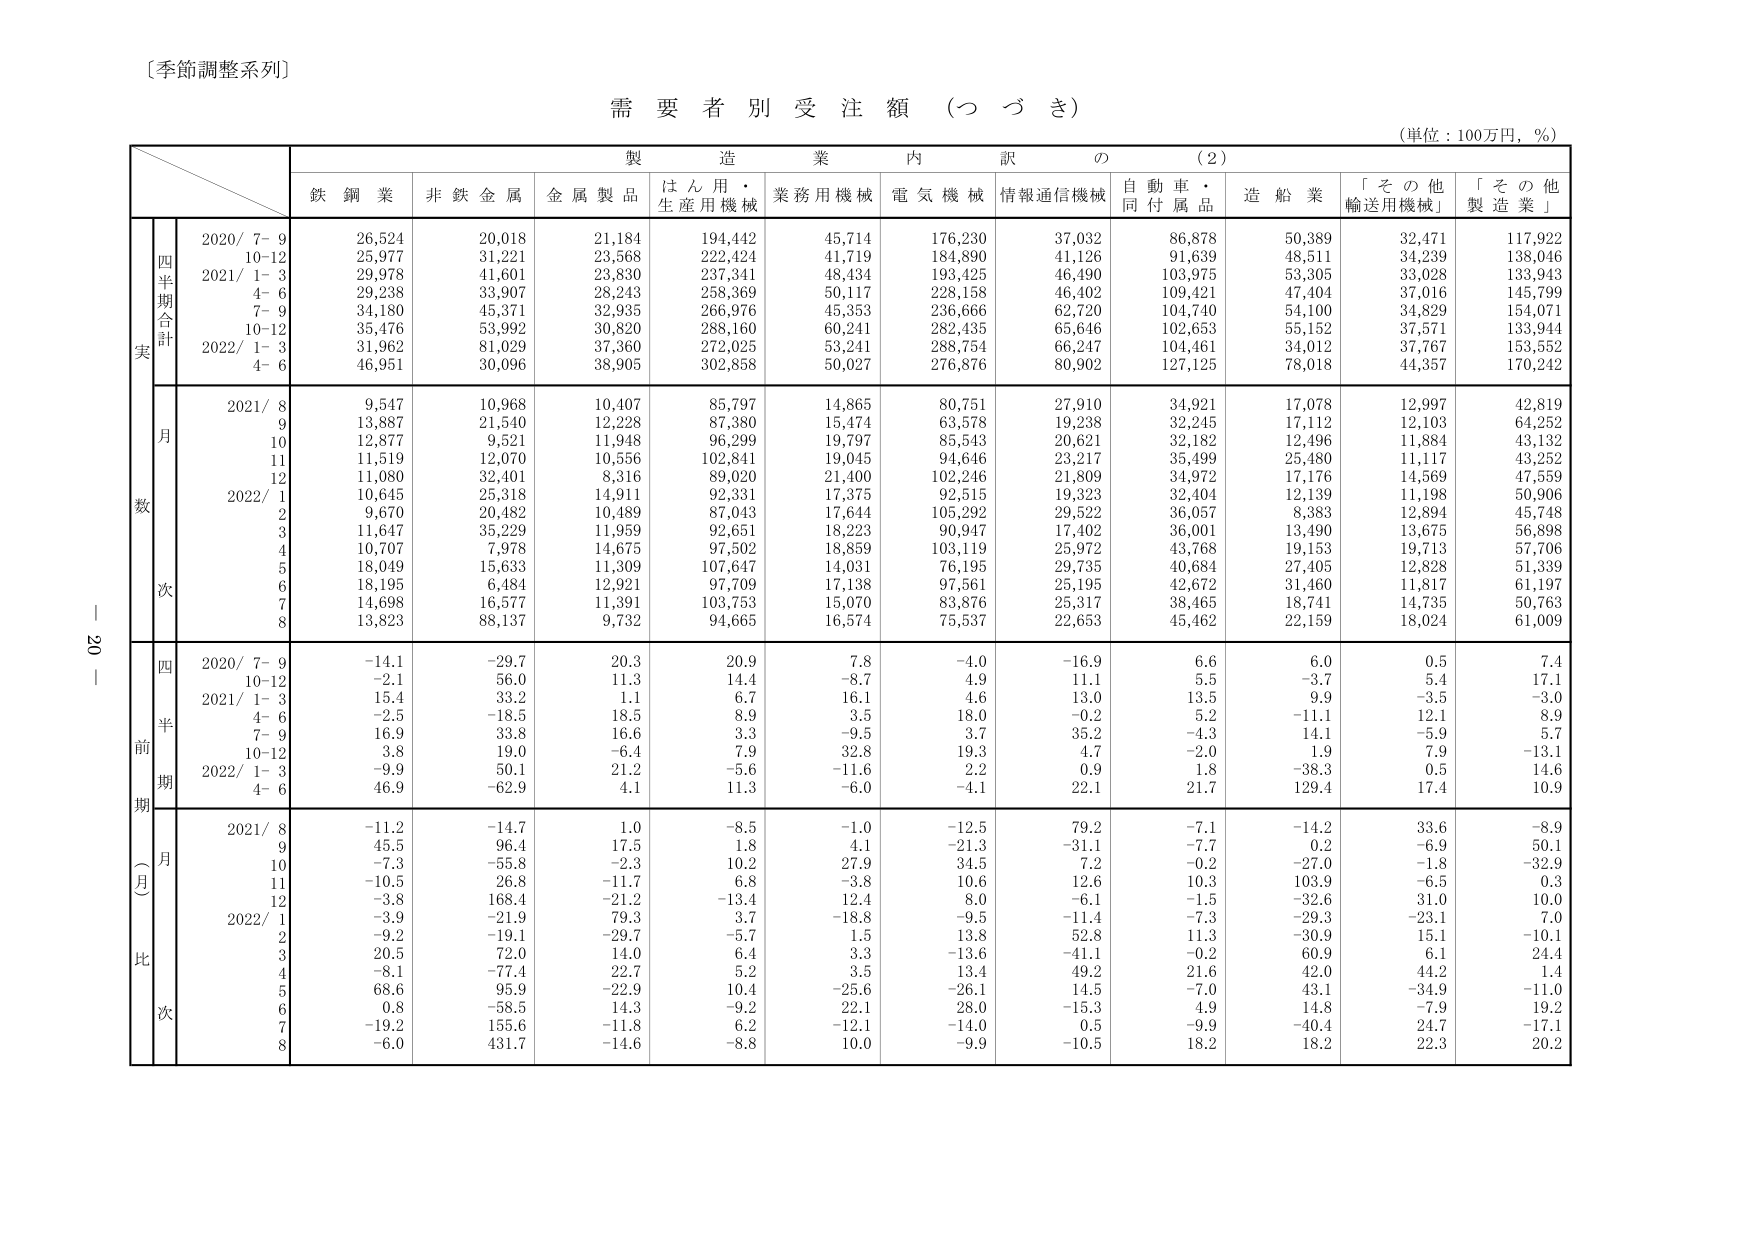
〔季節調整系列〕

需要者別受注額（つづき）

（単位：100万円，％）

製造業内訳の（2）

鉄鋼業　非鉄金属　金属製品　はん用・生産用機械　業務用機械　電気機械　情報通信機械　自動車・同付属品　造船業　「その他輸送用機械」　「その他製造業」

実
四半期合計
2020/ 7- 9　26,524　20,018　21,184　194,442　45,714　176,230　37,032　86,878　50,389　32,471　117,922
　10-12　25,977　31,221　23,568　222,424　41,719　184,890　41,126　91,639　48,511　34,239　138,046
2021/ 1- 3　29,978　41,601　23,830　237,341　48,434　193,425　46,490　103,975　53,305　33,028　133,943
　4- 6　29,238　33,907　28,243　258,369　50,117　228,158　46,402　109,421　47,404　37,016　145,799
　7- 9　34,180　45,371　32,935　266,976　45,353　236,666　62,720　104,740　54,100　34,829　154,071
　10-12　35,476　53,992　30,820　288,160　60,241　282,435　65,646　102,653　55,152　37,571　133,944
2022/ 1- 3　31,962　81,029　37,360　272,025　53,241　288,754　66,247　104,461　34,012　37,767　153,552
　4- 6　46,951　30,096　38,905　302,858　50,027　276,876　80,902　127,125　78,018　44,357　170,242

数
月
2021/ 8　9,547　10,968　10,407　85,797　14,865　80,751　27,910　34,921　17,078　12,997　42,819
　9　13,887　21,540　12,228　87,380　15,474　63,578　19,238　32,245　17,112　12,103　64,252
　10　12,877　9,521　11,948　96,299　19,797　85,543　20,621　32,182　12,496　11,884　43,132
　11　11,519　12,070　10,556　102,841　19,045　94,646　23,217　35,499　25,480　11,117　43,252
　12　11,080　32,401　8,316　89,020　21,400　102,246　21,809　34,972　17,176　14,569　47,559
2022/ 1　10,645　25,318　14,911　92,331　17,375　92,515　19,323　32,404　12,139　11,198　50,906
　2　9,670　20,482　10,489　87,043　17,644　105,292　29,522　36,057　8,383　12,894　45,748
　3　11,647　35,229　11,959　92,651　18,223　90,947　17,402　36,001　13,490　13,675　56,898
　4　10,707　7,978　14,675　97,502　18,859　103,119　25,972　43,768　19,153　19,713　57,706
　5　18,049　15,633　11,309　107,647　14,031　76,195　29,735　40,684　27,405　12,828　51,339
　6　18,195　6,484　12,921　97,709　17,138　97,561　25,195　42,672　31,460　11,817　61,197
　7　14,698　16,577　11,391　103,753　15,070　83,876　25,317　38,465　18,741　14,735　50,763
　8　13,823　88,137　9,732　94,665　16,574　75,537　22,653　45,462　22,159　18,024　61,009

次

前
期
四半期
2020/ 7- 9　-14.1　-29.7　20.3　20.9　7.8　-4.0　-16.9　6.6　6.0　0.5　7.4
　10-12　-2.1　56.0　11.3　14.4　-8.7　4.9　11.1　5.5　-3.7　5.4　17.1
2021/ 1- 3　15.4　33.2　1.1　6.7　16.1　4.6　13.0　13.5　9.9　-3.5　-3.0
　4- 6　-2.5　-18.5　18.5　8.9　3.5　18.0　-0.2　5.2　-11.1　12.1　8.9
　7- 9　16.9　33.8　16.6　3.3　-9.5　3.7　35.2　-4.3　14.1　-5.9　5.7
　10-12　3.8　19.0　-6.4　7.9　32.8　19.3　4.7　-2.0　1.9　7.9　-13.1
2022/ 1- 3　-9.9　50.1　21.2　-5.6　-11.6　2.2　0.9　1.8　-38.3　0.5　14.6
　4- 6　46.9　-62.9　4.1　11.3　-6.0　-4.1　22.1　21.7　129.4　17.4　10.9

比
（月）
月
2021/ 8　-11.2　-14.7　1.0　-8.5　-1.0　-12.5　79.2　-7.1　-14.2　33.6　-8.9
　9　45.5　96.4　17.5　1.8　4.1　-21.3　-31.1　-7.7　0.2　-6.9　50.1
　10　-7.3　-55.8　-2.3　10.2　27.9　34.5　7.2　-0.2　-27.0　-1.8　-32.9
　11　-10.5　26.8　-11.7　6.8　-3.8　10.6　12.6　10.3　103.9　-6.5　0.3
　12　-3.8　168.4　-21.2　-13.4　12.4　8.0　-6.1　-1.5　-32.6　31.0　10.0
2022/ 1　-3.9　-21.9　79.3　3.7　-18.8　-9.5　-11.4　-7.3　-29.3　-23.1　7.0
　2　-9.2　-19.1　-29.7　-5.7　1.5　13.8　52.8　11.3　-30.9　15.1　-10.1
　3　20.5　72.0　14.0　6.4　3.3　-13.6　-41.1　-0.2　60.9　6.1　24.4
　4　-8.1　-77.4　22.7　5.2　3.5　13.4　49.2　21.6　42.0　44.2　1.4
　5　68.6　95.9　-22.9　10.4　-25.6　-26.1　14.5　-7.0　43.1　-34.9　-11.0
　6　0.8　-58.5　14.3　-9.2　22.1　28.0　-15.3　4.9　14.8　-7.9　19.2
　7　-19.2　155.6　-11.8　6.2　-12.1　-14.0　0.5　-9.9　-40.4　24.7　-17.1
　8　-6.0　431.7　-14.6　-8.8　10.0　-9.9　-10.5　18.2　18.2　22.3　20.2

ー 20 ー